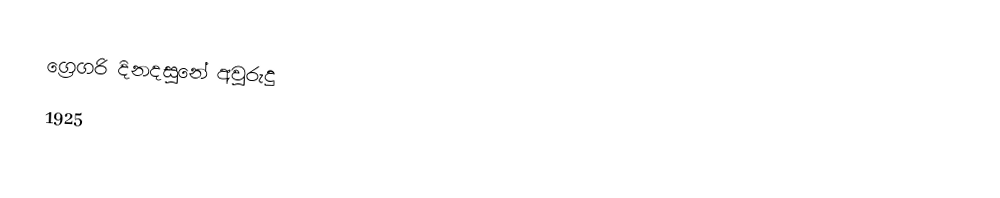
ග්‍රෙගරි දිනදසුනේ අවුරුදු
1925